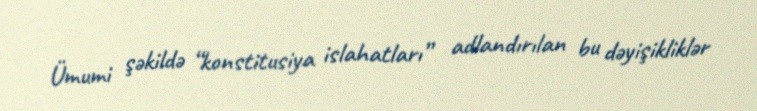
Ümumi şəkildə “konstitusiya islahatları” adlandırılan bu dəyişikliklər